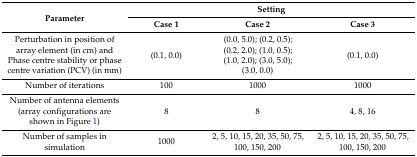
<table><thead><tr><td rowspan="2"><b>Parameter</b></td><td colspan="3"><b>Setting</b></td></tr><tr><td><b>Case 1</b></td><td><b>Case 2</b></td><td><b>Case 3</b></td></tr></thead><tbody><tr><td>Perturbation in position of array element (in cm) and Phase centre stability or phase centre variation (PCV) (in mm)</td><td>(0.1, 0.0)</td><td>(0.0, 5.0); (0.2, 0.5);(0.2, 2.0); (1.0, 0.5);(1.0, 2.0); (3.0, 5.0);(3.0, 0.0)</td><td>(0.1, 0.0)</td></tr><tr><td>Number of iterations</td><td>100</td><td>1000</td><td>1000</td></tr><tr><td>Number of antenna elements (array configurations are shown in Figure 1)</td><td>8</td><td>8</td><td>4, 8, 16</td></tr><tr><td>Number of samples in simulation</td><td>1000</td><td>2, 5, 10, 15, 20, 35, 50, 75, 100, 150, 200</td><td>2, 5, 10, 15, 20, 35, 50, 75, 100, 150, 200</td></tr></tbody></table>